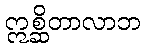
ဣစ္ဆိတာလာဘ